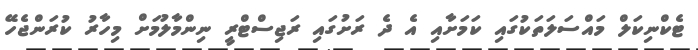
ޓެކްނިކަލް މައްސަލަތަކުގައި ކަމަށާއި އެ ދެ ރަށުގައި ރަޖިސްޓްރީ ނިންމާލުމަށް މިހާރު ކުރަންޖެހޭ